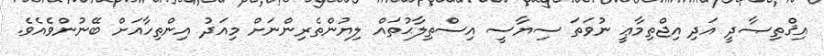
އިޤްތިޞާދީ އަދި އިޖްތިމާޢީ ނުވަތަ ސިޔާސީ އިސްތިލާޙުތައް ލިޔުންތެރިންނަށް މިއަދު އިންތިހާއަށް ބޭނުންވެއެވެ.